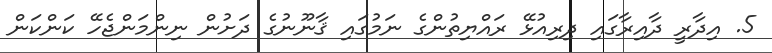
5. އިދާރީ ދާއިރާގައި ދިރިއުޅޭ ރައްޔިތުންގެ ނަމުގައި ޤާނޫނުގެ ދަށުން ނިންމަންޖެހޭ ކަންކަން